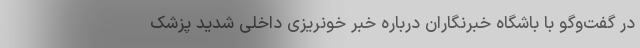
در گفت‌وگو با باشگاه خبرنگاران درباره خبر خونریزی داخلی شدید پزشک